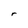
Character: r